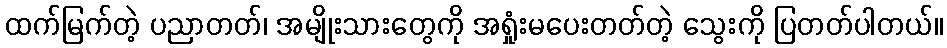
ထက်မြက်တဲ့ ပညာတတ်၊ အမျိုးသားတွေကို အရှုံးမပေးတတ်တဲ့ သွေးကို ပြတတ်ပါတယ်။